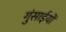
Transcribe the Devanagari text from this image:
गुंसाईयों